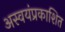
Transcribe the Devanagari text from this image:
अस्वयंप्रकाशित